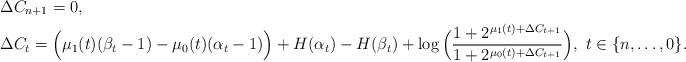
LaTeX: \begin{align*}&\Delta{C}_{n+1}=0,\\&\Delta{C}_{t}=\Big(\mu_1(t)(\beta_t-1)-\mu_0(t)(\alpha_t-1)\Big)+H(\alpha_t)-H(\beta_t)+\log\Big(\frac{1+2^{\mu_1(t)+\Delta{C}_{t+1}}}{1+2^{\mu_0(t)+\Delta{C}_{t+1}}}\Big),~t\in\{n,\ldots,0\}. \end{align*}